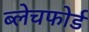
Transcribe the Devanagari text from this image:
ब्लेचफोर्ड